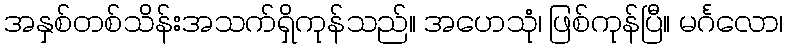
အနှစ်တစ်သိန်းအသက်ရှိကုန်သည်။ အဟေသုံ၊ ဖြစ်ကုန်ပြီ။ မင်္ဂလော၊